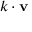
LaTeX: k \cdot \mathbf { v }